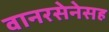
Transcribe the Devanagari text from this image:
वानरसेनेसह